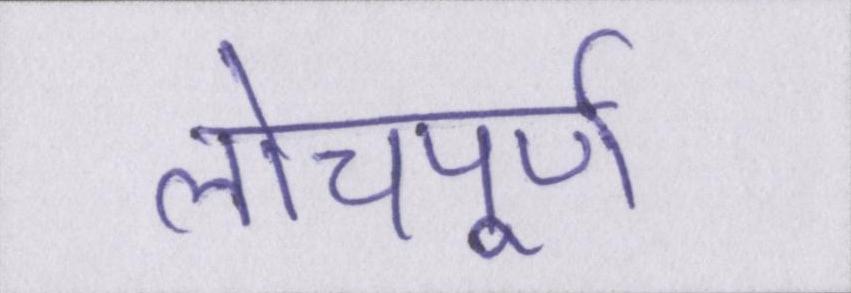
लोचपूर्ण